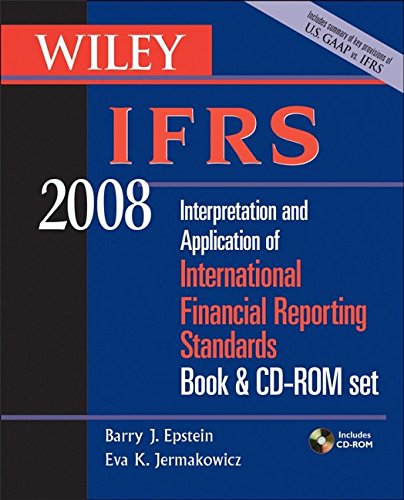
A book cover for Wiley IFRS 2008, Book and CD-ROM Set: Interpretation and Application of International Accounting and Financial Reporting Standards 2008; Barry J. Epstein; Business & Money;